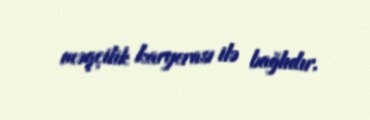
məqçilik karyerası ilə bağlıdır.